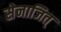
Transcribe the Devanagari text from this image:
सेनाजित्